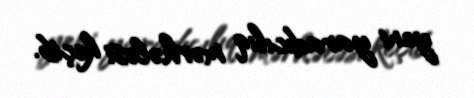
yeni yaradıcılıq mərhələsi keçib.